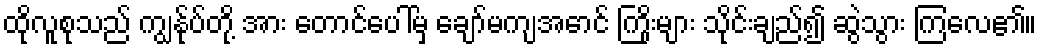
ထိုလူစုသည် ကျွန်ုပ်တို့ အား တောင်ပေါ်မှ ချော်မကျအောင် ကြိုးများ သိုင်းချည်၍ ဆွဲသွား ကြလေ၏။